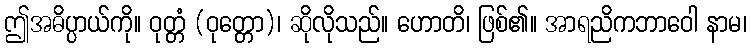
ဤအဓိပ္ပာယ်ကို။ ဝုတ္တံ (ဝုတ္တော)၊ ဆိုလိုသည်။ ဟောတိ၊ ဖြစ်၏။ အာရညိကဘာဝေါ နာမ၊